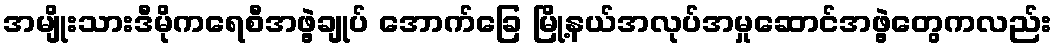
အမျိုးသားဒီမိုကရေစီအဖွဲ့ချုပ် အောက်ခြေ မြို့နယ်အလုပ်အမှုဆောင်အဖွဲ့တွေကလည်း